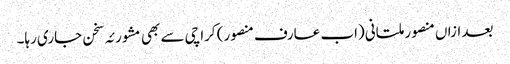
بعد ازاں منصور ملتانی (اب عارف منصور) کراچی سے بھی مشورئہ سخن جاری رہا۔